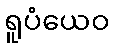
ရူပံယေဝ